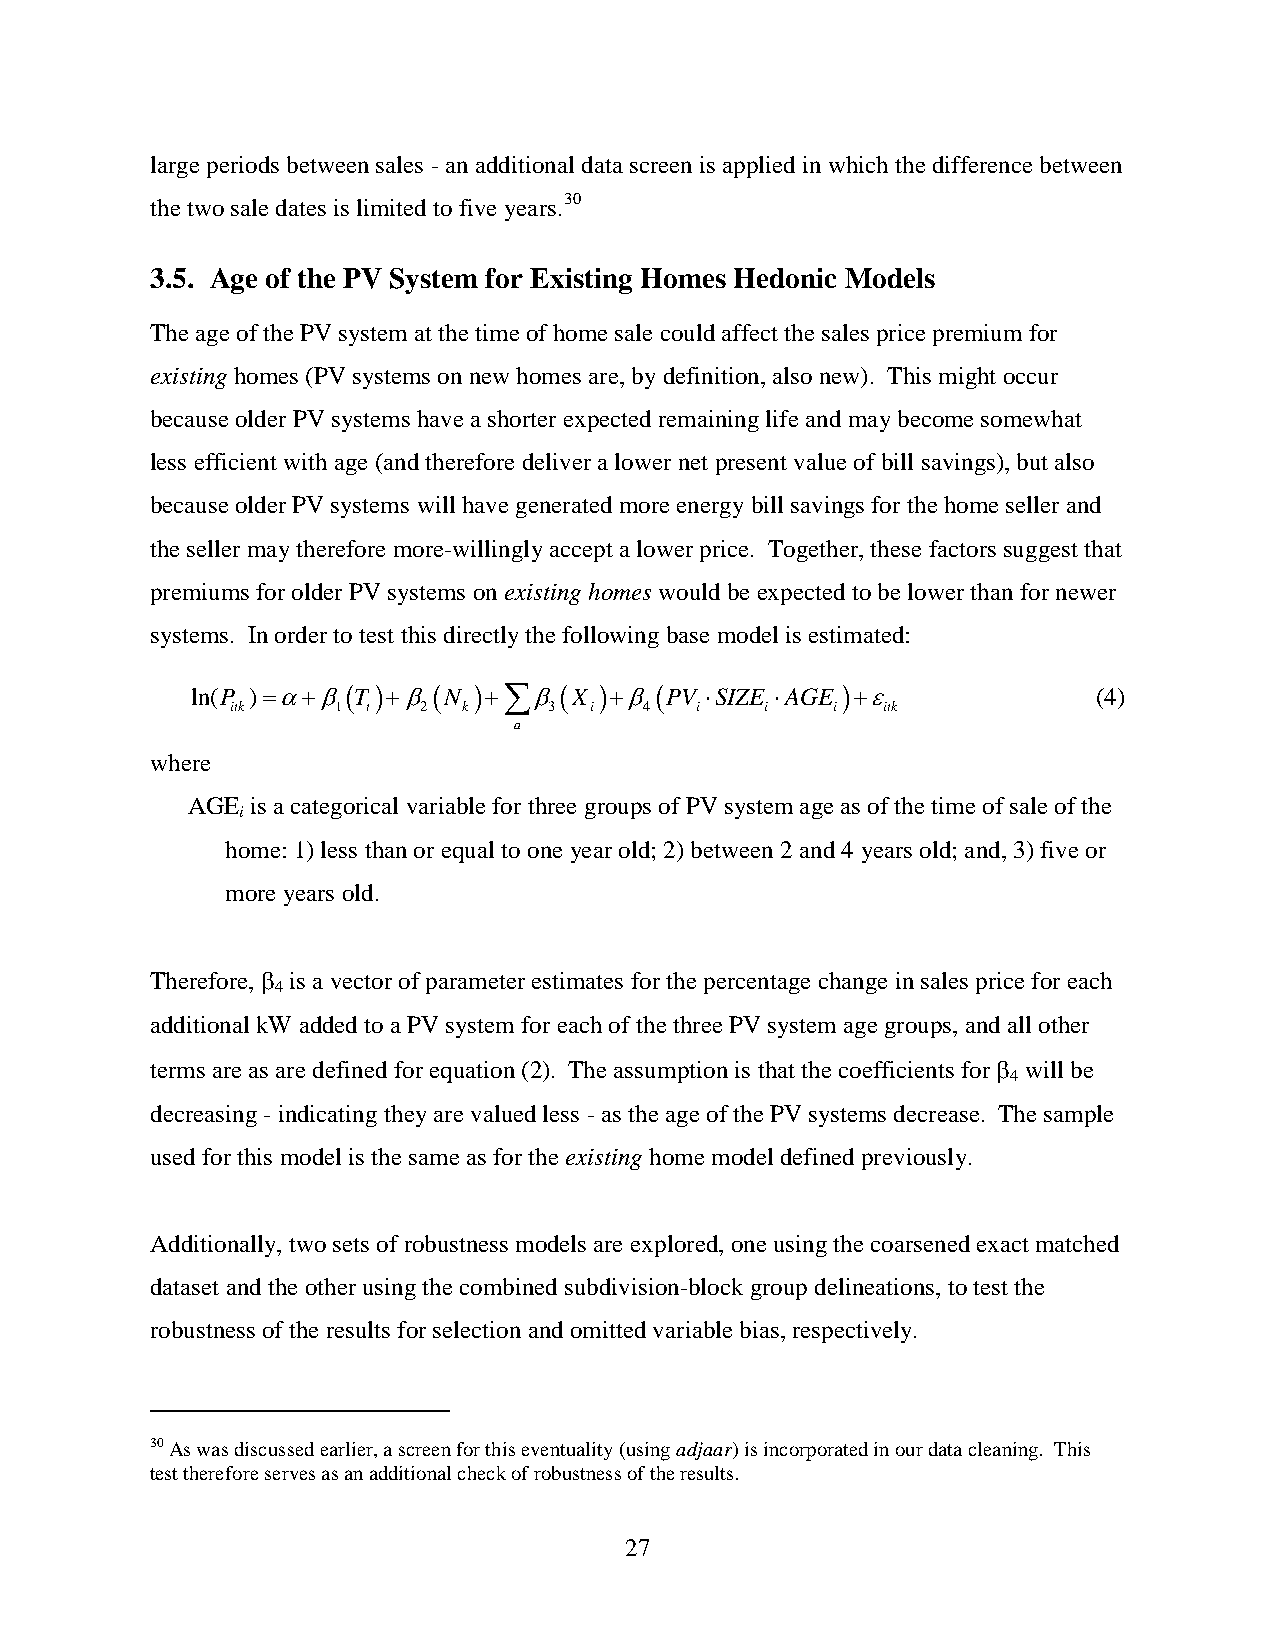
large periods between sales - an additional data screen is applied in which the difference between
 the two sale dates is limited to five years.30
 3.5. Age of the PV System for Existing Homes Hedonic Models
 The age of the PV system at the time of home sale could affect the sales price premium for
 existing homes (PV systems on new homes are, by definition, also new). This might occur
 because older PV systems have a shorter expected remaining life and may become somewhat
 less efficient with age (and therefore deliver a lower net present value of bill savings), but also
 because older PV systems will have generated more energy bill savings for the home seller and
 the seller may therefore more-willingly accept a lower price. Together, these factors suggest that
 premiums for older PV systems on existing homes would be expected to be lower than for newer
 systems. In order to test this directly the following base model is estimated:
 ln(P )=α+β( T )+β ( N )+∑β( X )+β ( PV ⋅SIZE ⋅AGE )+ε       (4)
 itk    1 t   2  k    3  i   4  i    i   i  itk
 a
 where
 AGE  is a categorical variable for three groups of PV system age as of the time of sale of the
 i
 home: 1) less than or equal to one year old; 2) between 2 and 4 years old; and, 3) five or
 more years old.
 Therefore, β is a vector of parameter estimates for the percentage change in sales price for each
 4
 additional kW added to a PV system for each of the three PV system age groups, and all other
 terms are as are defined for equation (2). The assumption is that the coefficients for β will be
 4
 decreasing - indicating they are valued less - as the age of the PV systems decrease. The sample
 used for this model is the same as for the existing home model defined previously.
 Additionally, two sets of robustness models are explored, one using the coarsened exact matched
 dataset and the other using the combined subdivision-block group delineations, to test the
 robustness of the results for selection and omitted variable bias, respectively.
 30 As was discussed earlier, a screen for this eventuality (using adjaar) is incorporated in our data cleaning. This
 test therefore serves as an additional check of robustness of the results.
 27